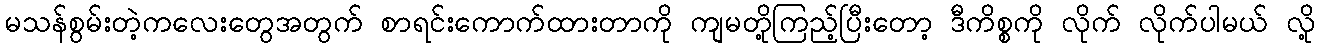
မသန်စွမ်းတဲ့ကလေးတွေအတွက် စာရင်းကောက်ထားတာကို ကျမတို့ကြည့်ပြီးတော့ ဒီကိစ္စကို လိုက် လိုက်ပါမယ် လို့